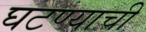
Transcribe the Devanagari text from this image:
घटण्याची